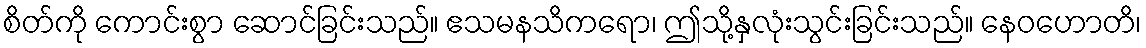
စိတ်ကို ကောင်းစွာ ဆောင်ခြင်းသည်။ ဧသမနသိကရော၊ ဤသို့နှလုံးသွင်းခြင်းသည်။ နေဝဟောတိ၊